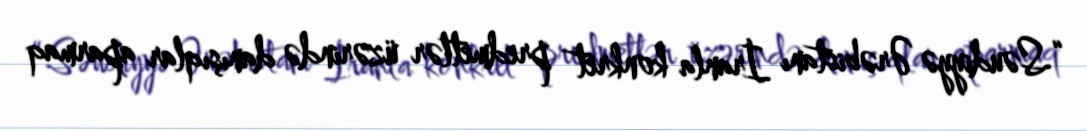
“Səudiyyə Ərəbistanı İranla konkret predmetlər üzərində danışıqlar aparmaq